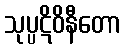
သုပ္ပဋိဝိနီတော